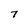
Character: 7